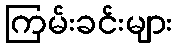
ကြမ်းခင်းများ